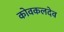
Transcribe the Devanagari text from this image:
कोवकलदेव